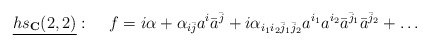
\begin{align*}\underline{hs_{\bf C}(2,2)}:\;\;\;\;f=i\alpha+\alpha_{i\bar{j}}a^i\bar{a}^{\bar{j}}+i\alpha_{i_1i_2\bar{j}_1\bar{j}_2}a^{i_1}a^{i_2}\bar{a}^{\bar{j}_1}\bar{a}^{\bar{j}_2}+\ldots\end{align*}